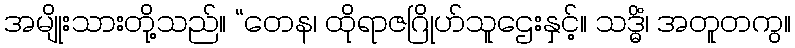
အမျိုးသားတို့သည်။ “တေန၊ ထိုရာဇဂြိုဟ်သူဌေးနှင့်။ သဒ္ဓိံ၊ အတူတကွ။